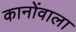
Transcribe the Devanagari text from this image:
कानोंवाला